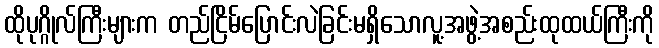
ထိုပုဂ္ဂိုလ်ကြီးများက တည်ငြိမ်ပြောင်းလဲခြင်းမရှိသောလူ့အဖွဲ့အစည်းထုထယ်ကြီးကို